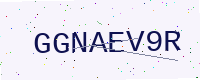
Text: GGNAEV9R